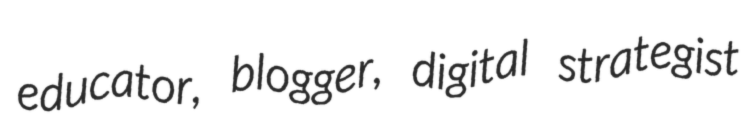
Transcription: educator, blogger, digital strategist